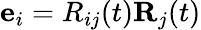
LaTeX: {\mathbf e}_{i}=R_{ij}(t){\mathbf R}_{j}(t)